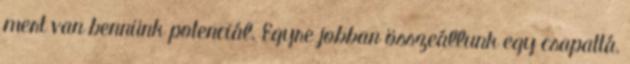
mert van bennünk potenciál. Egyre jobban összeállunk egy csapattá,